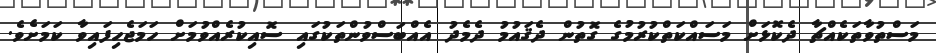
މަސްތުވާތަކެއްޗާ ދެކޮޅަށް މަސައްކަތްކުރުމުގެ ގޮތުން ދެޤައުމު ދެމެދު އެއްބަސްވުންތަކުގައި ސޮއިކުރެއްވުމަށް ހަމަޖެހިފައިވާ ކަމަށެވެ.